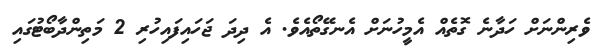
ވެރިންނަށް ހަދާނެ ގޮތެއް އެމީހުނަށް އެނގޭތޯއެވެ. އެ ދިދަ ޖަހައިފައިހުރި 2 މަތިންދާބޯޓުގައި